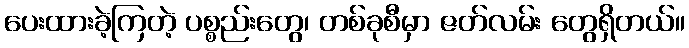
ပေးထားခဲ့ကြတဲ့ ပစ္စည်းတွေ၊ တစ်ခုစီမှာ ဇတ်လမ်း တွေရှိတယ်။